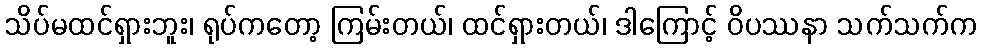
သိပ်မထင်ရှားဘူး၊ ရုပ်ကတော့ ကြမ်းတယ်၊ ထင်ရှားတယ်၊ ဒါကြောင့် ဝိပဿနာ သက်သက်က